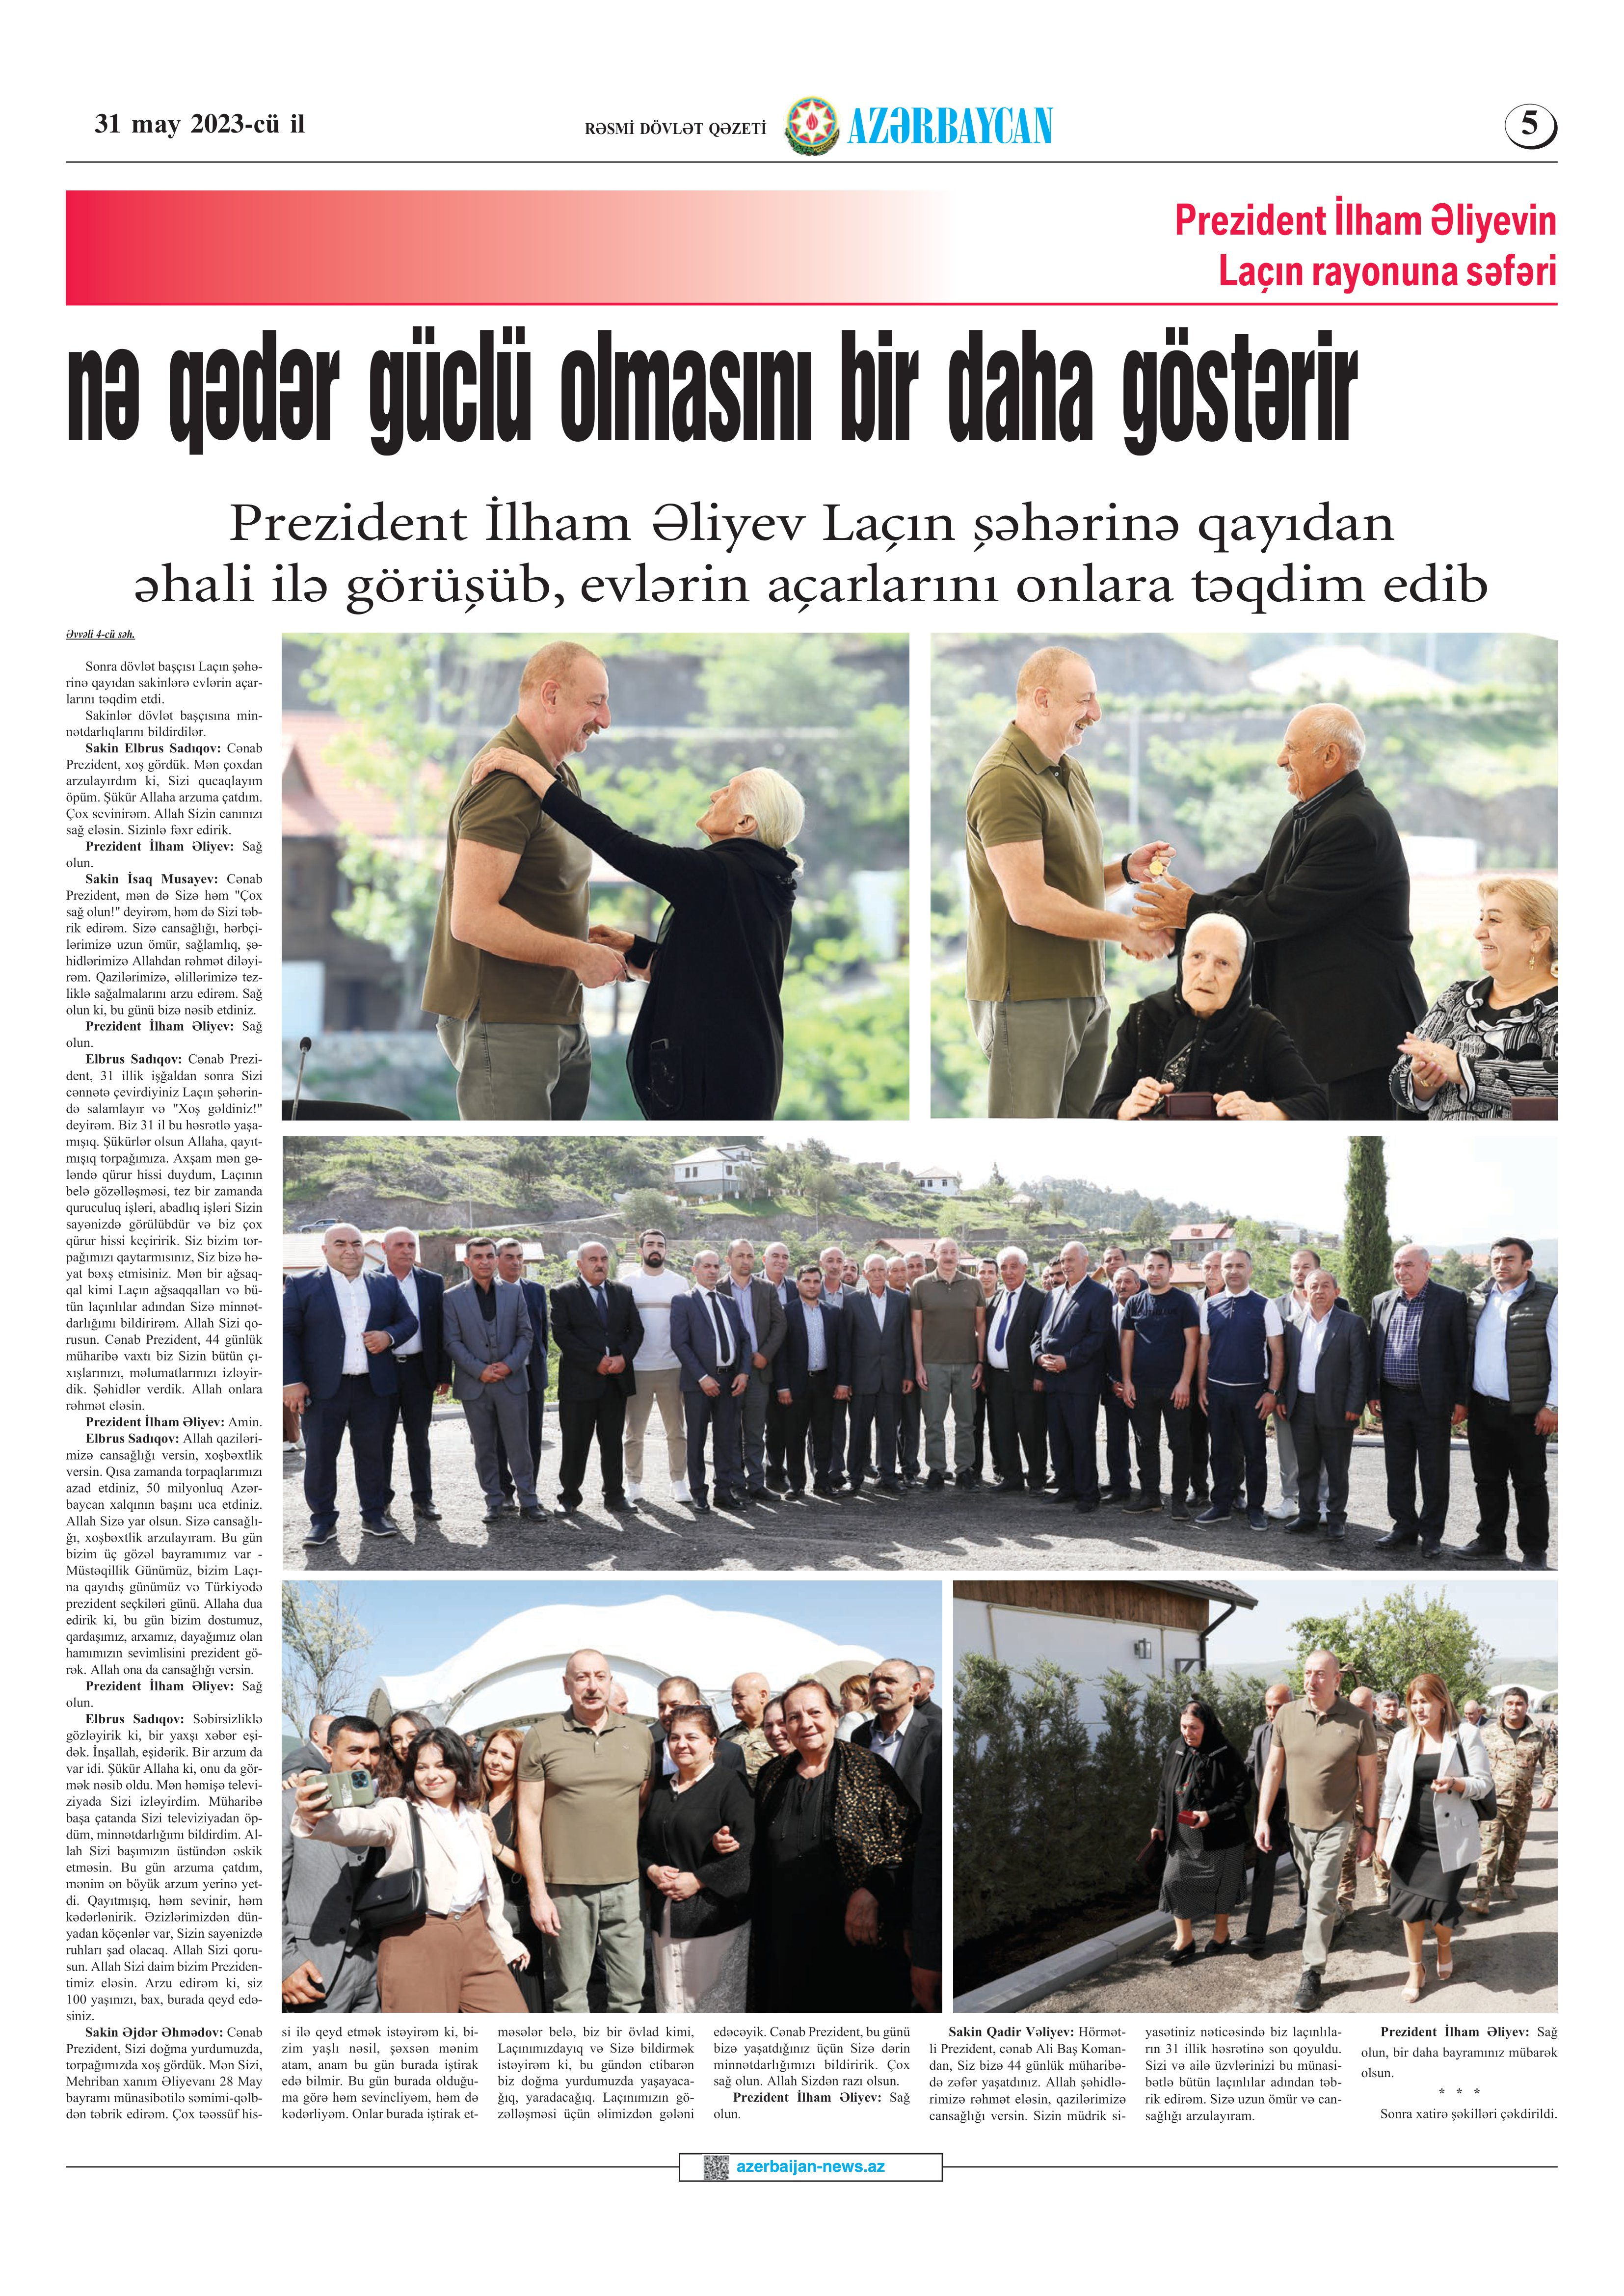
Language: az